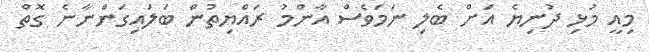
މިއީ މުޅި ދުނިޔެ އަށް ބެލި ނަމަވެސް އާންމު ރައްޔިތުން ބަލައިގަންނާނެ ގޮތް